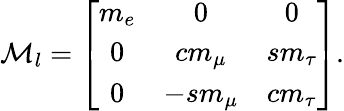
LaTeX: {\cal M}_{l}=\left[\begin{array}{ccc}{{m_{e}}}&{{0}}&{{0}}\\ {{0}}&{{cm_{\mu}}}&{{sm_{\tau}}}\\ {{0}}&{{-sm_{\mu}}}&{{cm_{\tau}}}\end{array}\right].